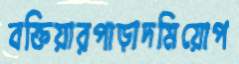
বক্তিয়ারপাড়াদমিয়োপ